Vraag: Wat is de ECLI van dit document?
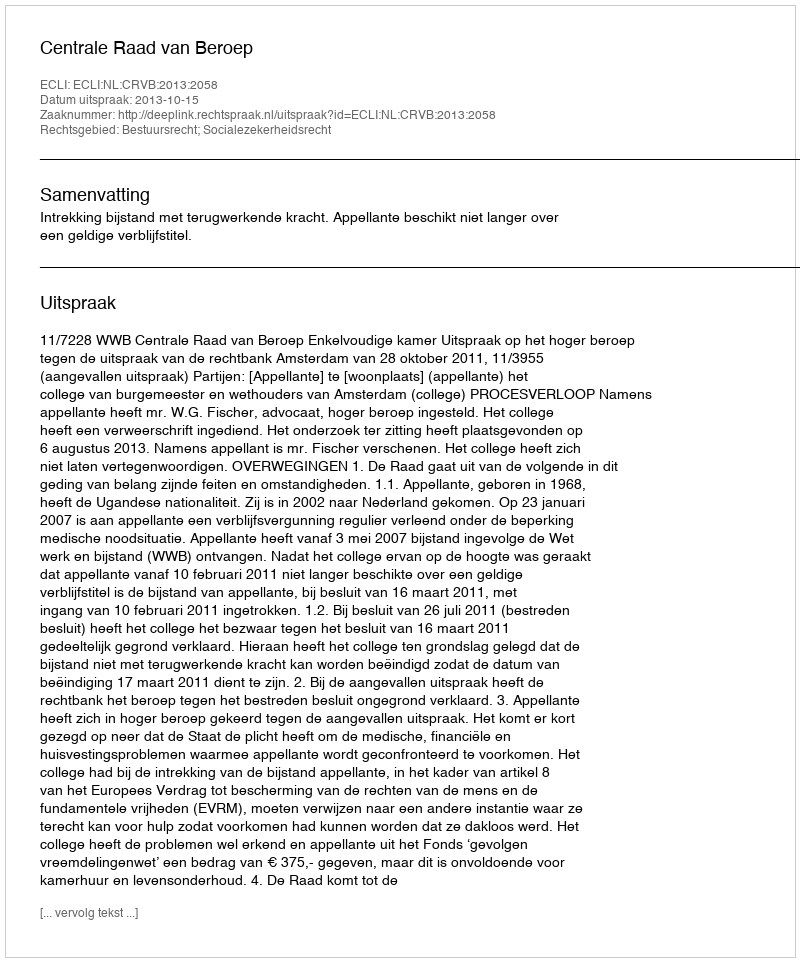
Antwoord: ECLI:NL:CRVB:2013:2058